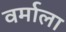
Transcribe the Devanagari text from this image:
वर्माला